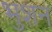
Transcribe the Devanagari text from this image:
भुशन